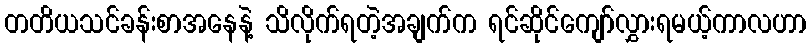
တတိယသင်ခန်းစာအနေနဲ့ သိလိုက်ရတဲ့အချက်က ရင်ဆိုင်ကျော်လွှားရမယ့်ကာလဟာ